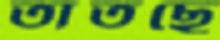
তাতছে